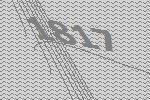
1817